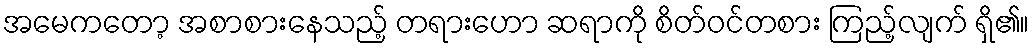
အမေကတော့ အစာစားနေသည့် တရားဟော ဆရာကို စိတ်ဝင်တစား ကြည့်လျက် ရှိ၏။